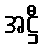
အဋ္ဌီ